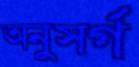
অনুসর্গ